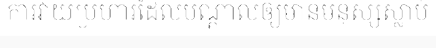
ការវាយប្រហារដែលបណ្តាលឲ្យមានមនុស្សស្លាប់